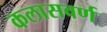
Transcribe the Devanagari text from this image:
कलासवर्ण